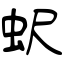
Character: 蚇